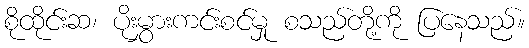
စိုထိုင်းဆ၊ ပိုးမွှားကင်းစင်မှု စသည်တို့ကို ပြနေသည်။